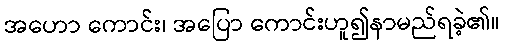
အဟော ကောင်း၊ အပြော ကောင်းဟူ၍နာမည်ရခဲ့၏။